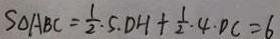
S _ { \Delta } A B C = \frac { 1 } { 2 } \cdot S . D H + \frac { 1 } { 2 } \cdot 4 \cdot D C = 6